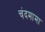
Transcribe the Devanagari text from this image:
चंदमामा